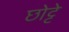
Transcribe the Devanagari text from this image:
छोट्टे